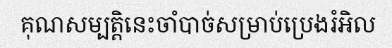
គុណសម្បត្តិនេះចាំបាច់សម្រាប់ប្រេងរំអិល